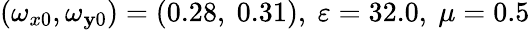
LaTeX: (\omega_{x0},\omega_{\mathbf{y}0})=(0.28,\ 0.31),\ \varepsilon=32.0,\ \mu=0.5